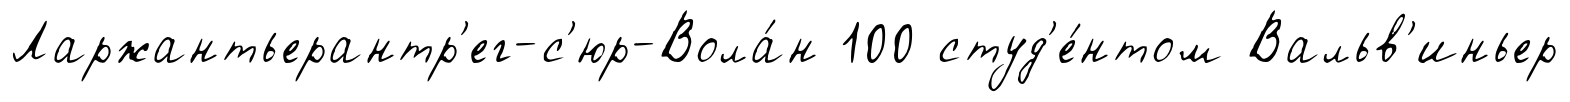
Ларжантьерантр'ег-с'юр-Вола́н 100 студ'е́нтом Вальв'иньер